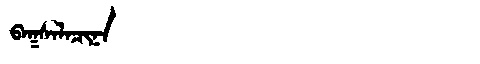
Manchu: ᠪᠠᡴᠰᠠᠯᠠᠴᡳᠨᠠ
Romanization: BAKSALACINA